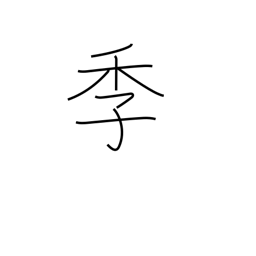
Meaning: seasons